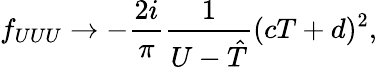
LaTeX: f_{UUU}\rightarrow-\frac{2i}{\pi}\frac{1}{U-{\hat{T}}}(cT+d)^{2},